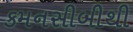
કમનસીબીથી